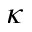
\kappa